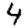
Digit: 4